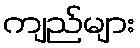
ကျည်များ